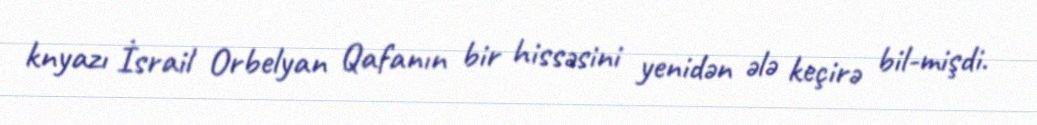
knyazı İsrail Orbelyan Qafanın bir hissəsini yenidən ələ keçirə bil-mişdi.